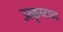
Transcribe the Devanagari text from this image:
उत्कृष्टपद